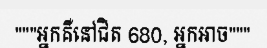
"""អ្នកគឺនៅជិត 680, អ្នកអាច"""